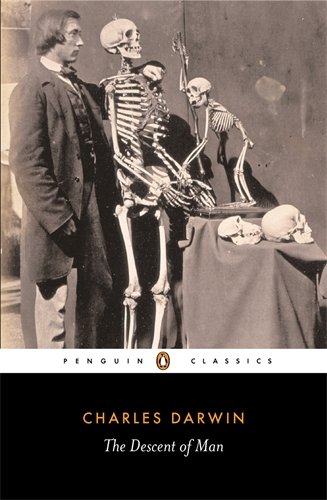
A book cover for The Descent of Man (Penguin Classics); Charles Darwin; Science & Math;